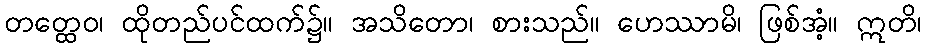
တတ္ထေဝ၊ ထိုတည်ပင်ထက်၌။ အသိတော၊ စားသည်။ ဟေဿာမိ၊ ဖြစ်အံ့။ ဣတိ၊